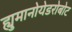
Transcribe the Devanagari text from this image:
ह्युमानोयेडरोबोट